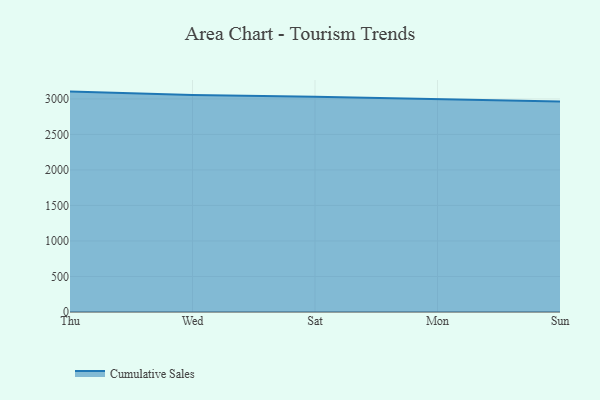
{"axis": {"x": "Day", "y": "Net Income (USD K)"}, "legend": ["Cumulative Sales"], "data": [{"x": "Thu", "y": 3102.7, "type": "Cumulative Sales"}, {"x": "Wed", "y": 3055.6, "type": "Cumulative Sales"}, {"x": "Sat", "y": 3031.7, "type": "Cumulative Sales"}, {"x": "Mon", "y": 3002.8, "type": "Cumulative Sales"}, {"x": "Sun", "y": 2963.7, "type": "Cumulative Sales"}]}